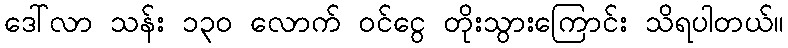
ဒေါ်လာ သန်း ၁၃၀ လောက် ဝင်ငွေ တိုးသွားကြောင်း သိရပါတယ်။